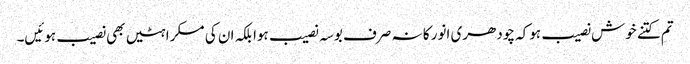
تم کتنے خوش نصیب ہوکہ چودھری انور کا نہ صرف بوسہ نصیب ہوا بلکہ ان کی مسکراہٹیں بھی نصیب ہوئیں۔